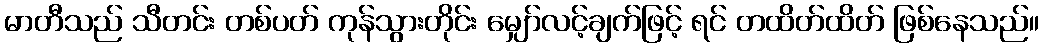
မာတီသည် သီတင်း တစ်ပတ် ကုန်သွားတိုင်း မျှော်လင့်ချက်ဖြင့် ရင် တထိတ်ထိတ် ဖြစ်နေသည်။